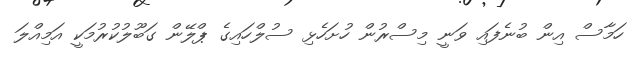
ހަމާސް އިން ބުނެފައި ވަނީ މިސްރުން ހުށަހެޅި ސުލްހައިގެ ޕްލޭން ގަބޫލުކުރުމަކީ އަމިއްލަ